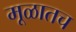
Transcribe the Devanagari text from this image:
मूळातच